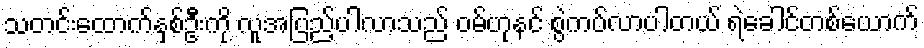
သတင်းထောက်နှစ်ဦးကို လူအပြည့်ပါလာသည် ဝမ်ဟုနင် စွဲကပ်လာပါတယ် ရဲခေါင်တစ်ယောက်